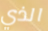
الذي